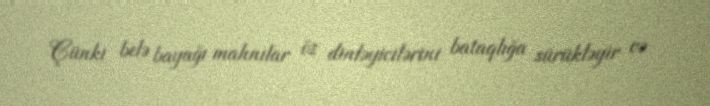
Çünki belə bayağı mahnılar öz dinləyicilərini bataqlığa sürükləyir və